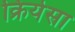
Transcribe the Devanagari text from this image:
क्रियेसा